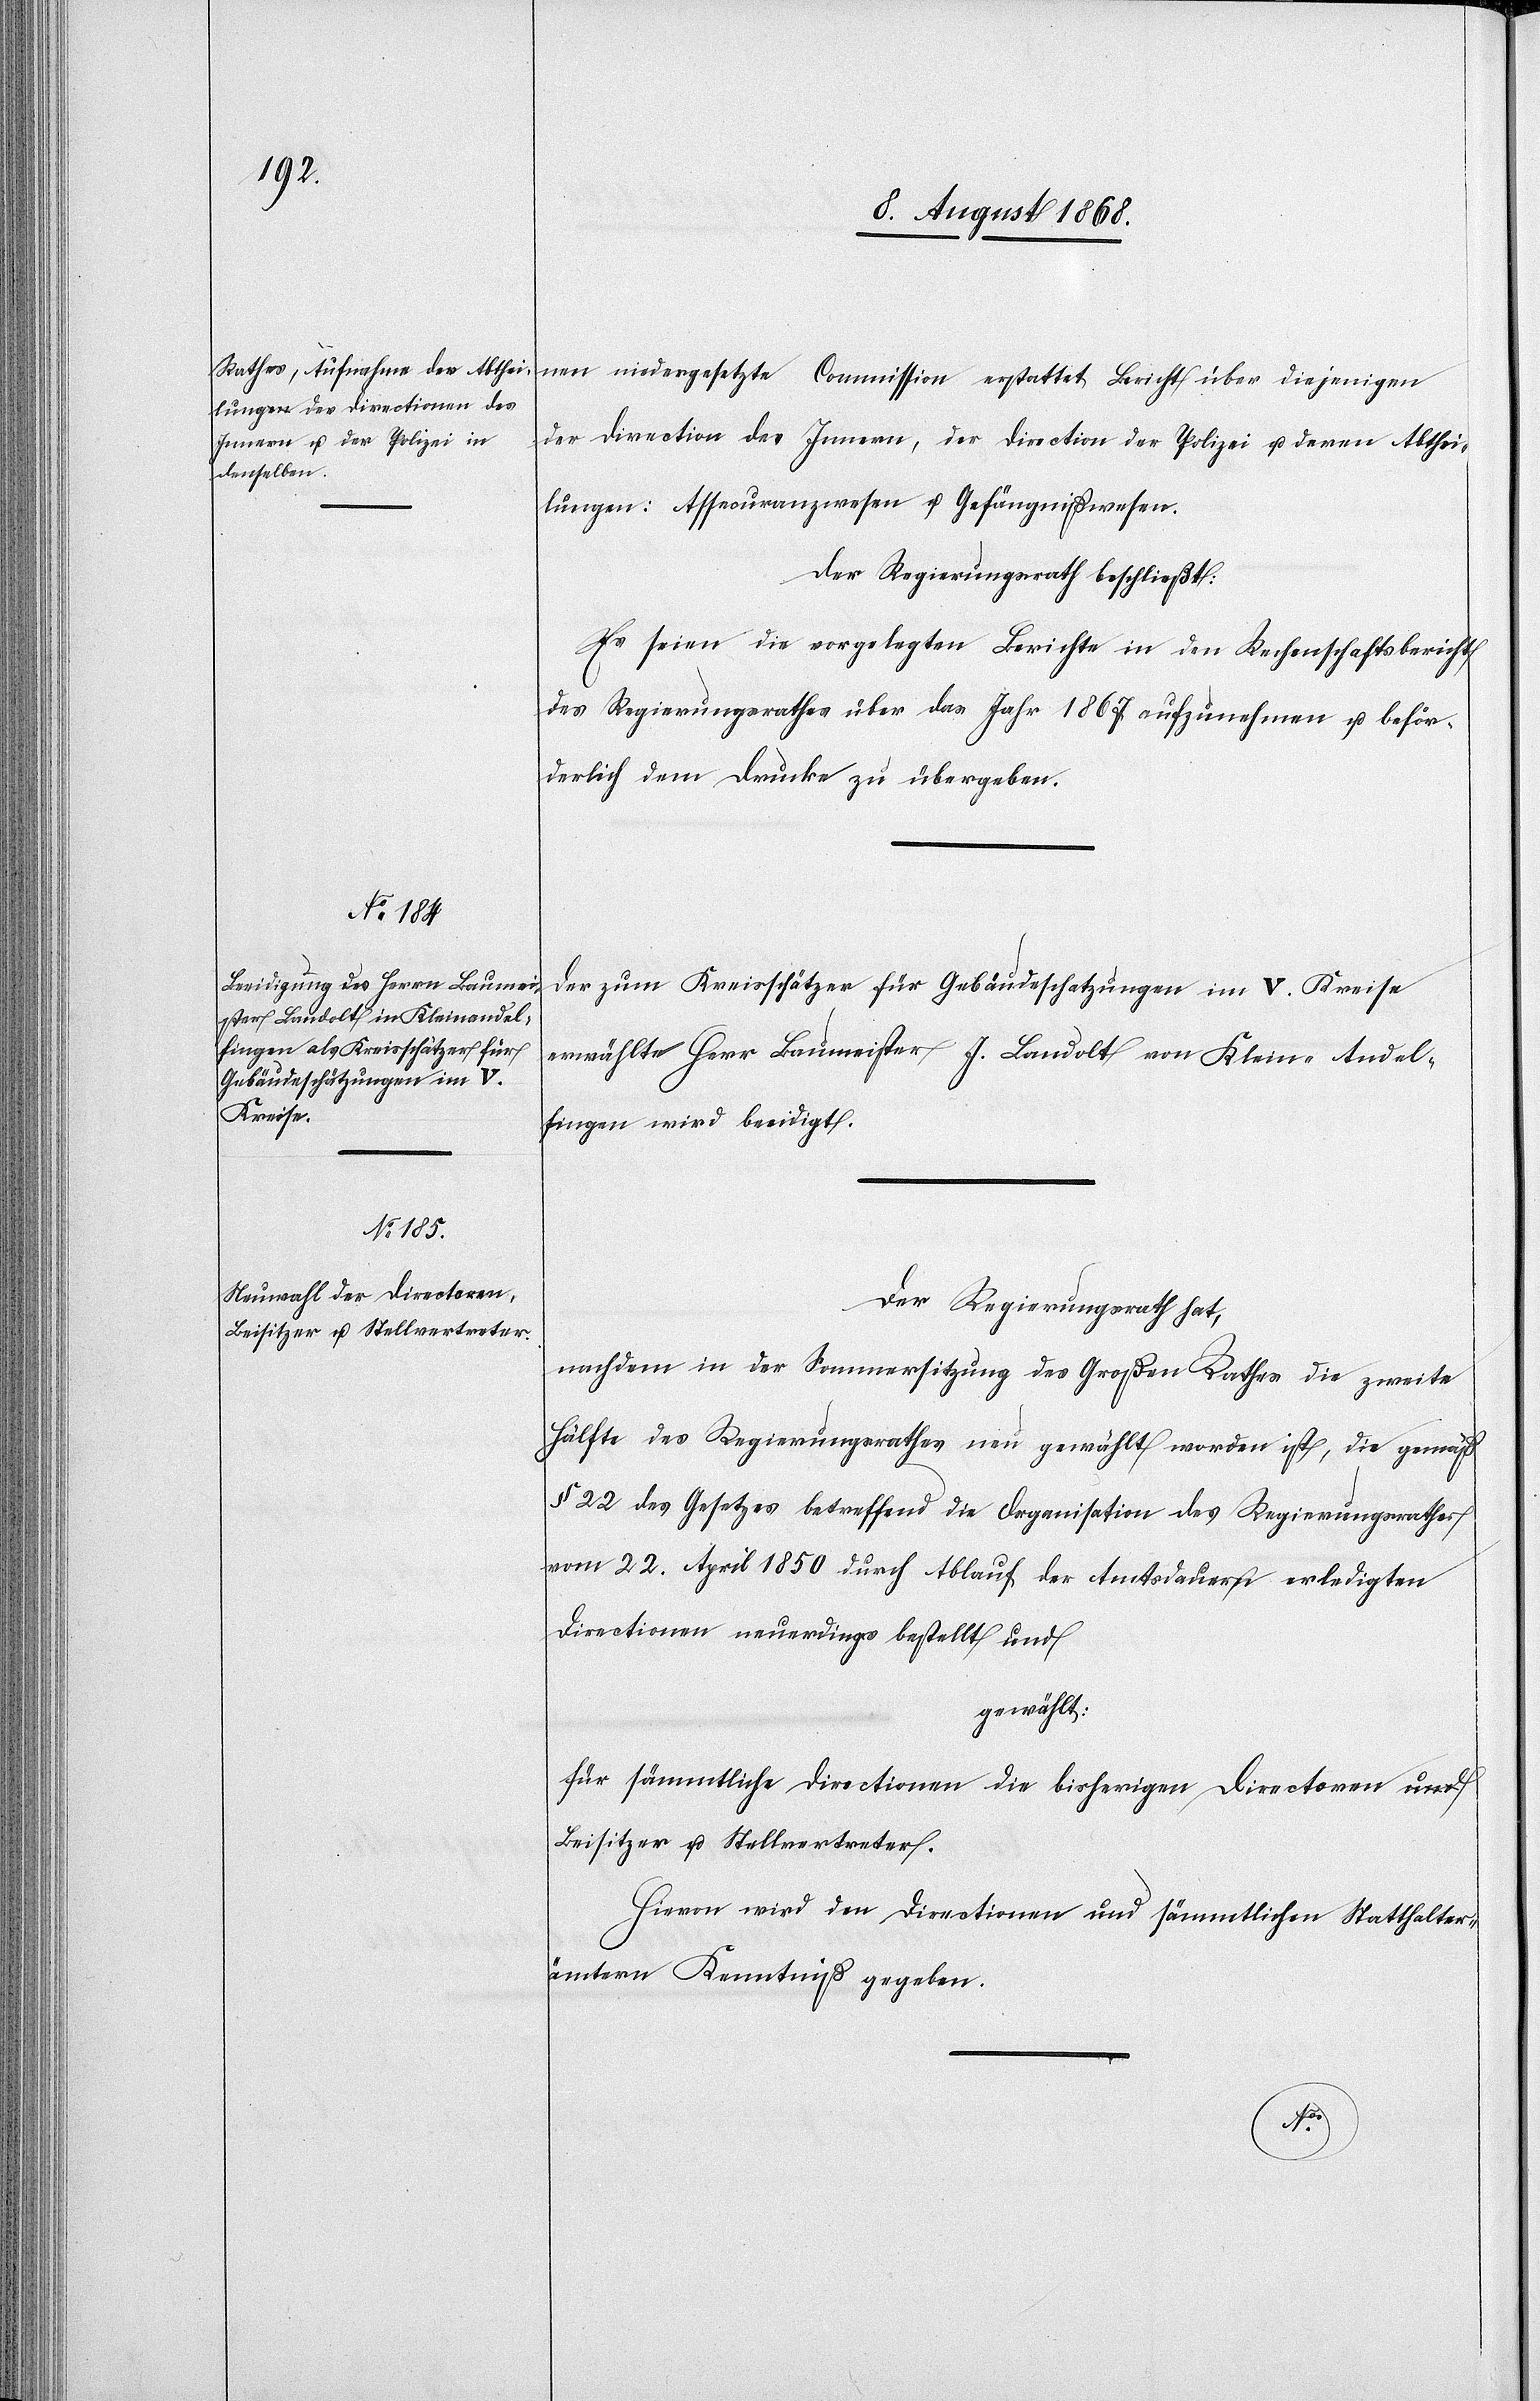
nen niedergesetzte Commission erstattet Bericht über diejenigen
der Direction des Innern, der Direction der Polizei u. deren Abthei¬
lungen: Assecuranzwesen u. Gefängnißwesen.
Der Regierungsrath beschließt:
Es seien die vorgelegten Berichte in den Rechenschaftsbericht
des Regierungsrathes über das Jahr 1867 aufzunehmen u. beför¬
derlich dem Drucke zu übergeben.
Der zum Kreisschätzer für Gebäudeschatzungen im V. Kreise
erwählte Herr Baumeister J. Landolt von Klein-Andel¬
fingen wird beeidigt.
Der Regierungsrath hat,
nachdem in der Sommersitzung des Großen Rathes die zweite
Hälfte des Regierungsrathes neu gewählt worden ist, die gemäß
§ 22 des Gesetzes betreffend die Organisation des Regierungsrathes
vom 22. April 1850 durch Ablauf der Amtsdauern erledigten
Directionen neuerdings bestellt und
gewählt:
für sämmtliche Directionen die bisherigen Directoren a-und-a
Beisitzer u. Stellvertreter.
Hievon wird den Directionen und sämmtlichen Statthalter¬
ämtern Kenntniß gegeben.